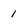
Character: 1